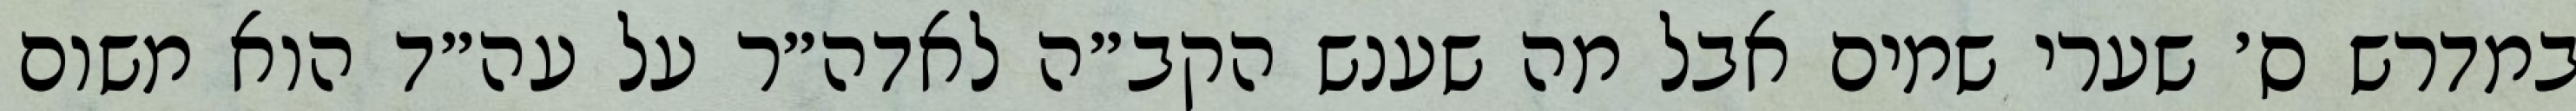
במדרש ס׳ שערי שמים אבל מה שענש הקב״ה לאדה״ר על עה״ד הוא משום